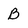
Character: B